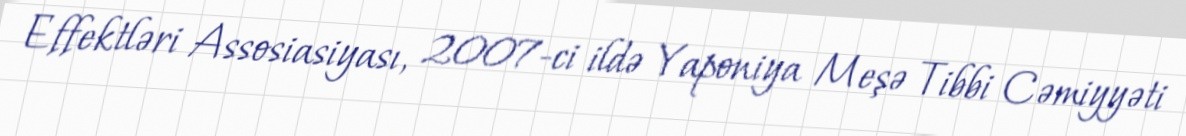
Effektləri Assosiasiyası, 2007-ci ildə Yaponiya Meşə Tibbi Cəmiyyəti